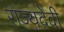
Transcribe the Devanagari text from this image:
राज्यदेवी